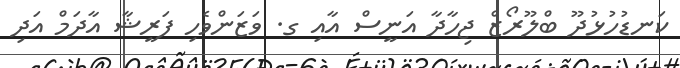
ކަނޑުހުޅުދޫ ބްލޫރޯޒް ޖިހާދާ އަނީސް އާއި ގ. ވަޒަންވެހި ފަރީޝާ އާދަމް އަދި